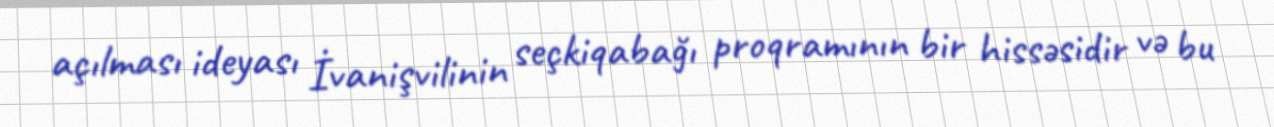
açılması ideyası İvanişvilinin seçkiqabağı proqramının bir hissəsidir və bu